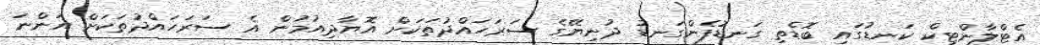
އެޓްލާންޓިކް ކަނޑުގައި ބޮޑެތި ގަނޑުފެންގަނޑު ދުނިޔޭގެ ސަރަހައްދުތަކަށް އޮޔާދިއުމުން އެ ސަރަހައްދުތަކަށް އަންނަ